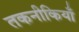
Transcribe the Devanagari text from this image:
तकनीकियाँ